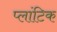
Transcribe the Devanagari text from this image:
प्लांटिक